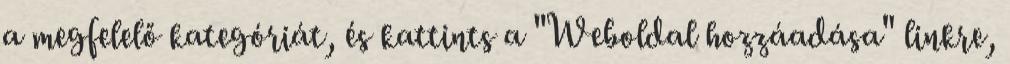
a megfelelő kategóriát, és kattints a "Weboldal hozzáadása" linkre,